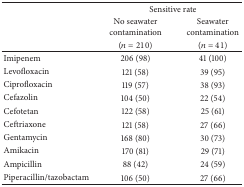
| <ROWSPAN=2>  | <COLSPAN=2> Sensitive rate |
 | No seawater contamination | Seawater contamination |
 |  | (n = 210) | (n = 41) |
 | --- | --- | --- |
 | Imipenem | 206 (98) | 41 (100) |
 | Levofloxacin | 121 (58) | 39 (95) |
 | Ciprofloxacin | 119 (57) | 38 (93) |
 | Cefazolin | 104 (50) | 22 (54) |
 | Cefotetan | 122 (58) | 25 (61) |
 | Ceftriaxone | 121 (58) | 27 (66) |
 | Gentamycin | 168 (80) | 30 (73) |
 | Amikacin | 170 (81) | 29 (71) |
 | Ampicillin | 88 (42) | 24 (59) |
 | Piperacillin/tazobactam | 106 (50) | 27 (66) |